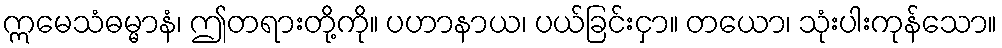
ဣမေသံဓမ္မာနံ၊ ဤတရားတို့ကို။ ပဟာနာယ၊ ပယ်ခြင်းငှာ။ တယော၊ သုံးပါးကုန်သော။